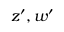
z ^ { \prime } , w ^ { \prime }